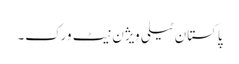
پاکستان ٹیلی ویژن نیٹ ورک۔